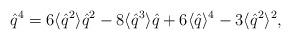
LaTeX: \begin{align*}\hat{q}^4 = 6 \langle \hat{q}^2 \rangle \hat{q}^2 - 8 \langle \hat{q}^3\rangle \hat{q} + 6 \langle \hat{q} \rangle^4 - 3 \langle \hat{q}^2\rangle^2,\end{align*}